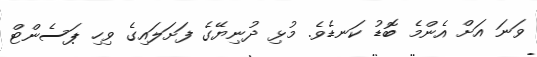
ވަނަ އަށް އެންމެ ބޮޑު ކަނޑެވެ. މުޅި ދުނިޔޭގެ ފަށަލައިގެ ވިހި ޕަސެންޓް